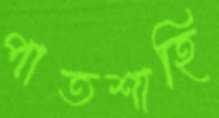
পাতশাহি